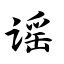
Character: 谣